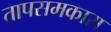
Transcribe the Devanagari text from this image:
तापसमकारा